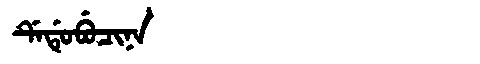
Manchu: ᡩᡝᡩᡠᠪᡠᠴᡳᠨᠠ
Romanization: DEDUBUCINA